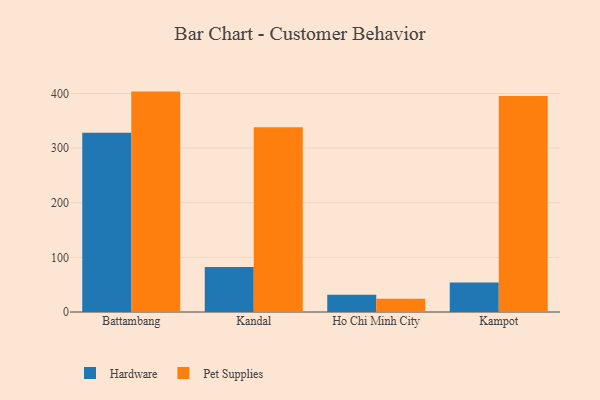
{"axis": {"x": "City", "y": "Inventory Turnover"}, "legend": ["Hardware", "Pet Supplies"], "data": [{"x": "Battambang", "y": 328.3, "type": "Hardware"}, {"x": "Battambang", "y": 403.4, "type": "Pet Supplies"}, {"x": "Kandal", "y": 82.4, "type": "Hardware"}, {"x": "Kandal", "y": 338.0, "type": "Pet Supplies"}, {"x": "Ho Chi Minh City", "y": 31.7, "type": "Hardware"}, {"x": "Ho Chi Minh City", "y": 24.1, "type": "Pet Supplies"}, {"x": "Kampot", "y": 54.1, "type": "Hardware"}, {"x": "Kampot", "y": 395.5, "type": "Pet Supplies"}]}